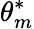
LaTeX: \theta_{m}^{*}